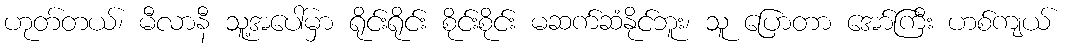
ဟုတ်တယ်၊ မီလာနီ သူ့အပေါ်မှာ ရိုင်းရိုင်း စိုင်းစိုင်း မဆက်ဆံနိုင်ဘူး၊ သူ ပြောတာ အော်ကြီး ဟစ်ကျယ်